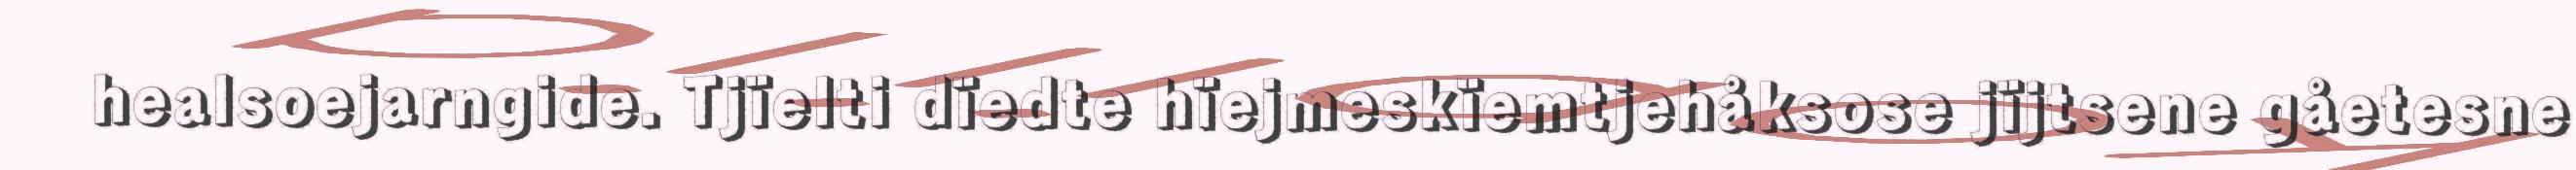
healsoejarngide. Tjïelti dïedte hïejmeskïemtjehåksose jïjtsene gåetesne